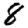
Digit: 8